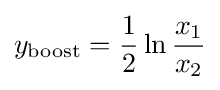
y_{\mathrm {boost} }={\frac {1}{2}}\ln {\frac {x_{1}}{x_{2}}}